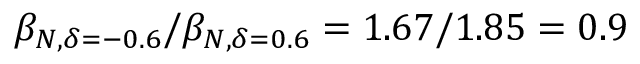
\beta _ { N , \delta = - 0 . 6 } / \beta _ { N , \delta = 0 . 6 } = 1 . 6 7 / 1 . 8 5 = 0 . 9